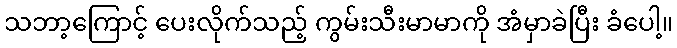
သဘာ့ကြောင့် ပေးလိုက်သည့် ကွမ်းသီးမာမာကို အံမှာခဲပြီး ခံပေါ့။